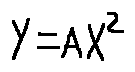
Y = A X ^ { 2 }